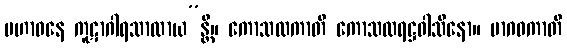
မဟာဝနေ ကူဋာဂါရသာလာယ”န္တိ။ ကောသလကာတိ ကောသလရဋ္ဌဝါသိနော။ မာဂဓကာတိ